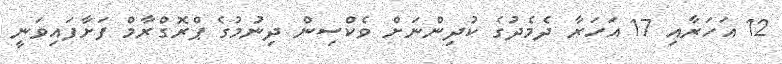
12 އަހަރާއި 17 އަހަރާ ދެމެދުގެ ކުދިންނަށް ވެކްސިން ދިނުމުގެ ޕްރޮގްރާމް ފަށާފައިވަނީ